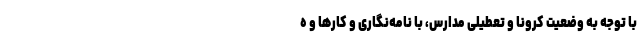
با توجه به وضعیت کرونا و تعطیلی مدارس، با نامه‌نگاری و کار‌ها و ه